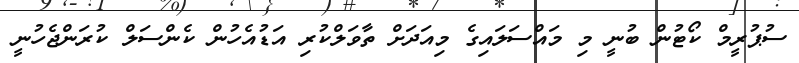
ސުޕުރީމް ކޯޓުން ބުނީ މި މައްސަލައިގެ މިއަދަށް ތާވަލްކުރި އަޑުއެހުން ކެންސަލް ކުރަންޖެހުނީ